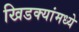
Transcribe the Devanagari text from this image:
खिडक्यांमध्ये